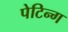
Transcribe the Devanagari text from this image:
पेटिन्ग